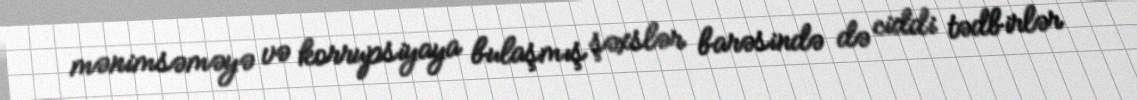
mənimsəməyə və korrupsiyaya bulaşmış şəxslər barəsində də ciddi tədbirlər